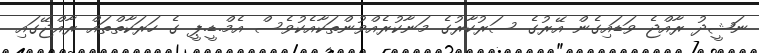
ނަޝީދު ރާއްޖެ ވަޑައިގެން އޭރުގެ ސަރުކާރުގެ މަނާކުރެއްވުންތަކާއެކުވެސް އެމް.ޑީ.ޕީ ގެ ހަރަކާތްތައް ރާއްޖޭގައި